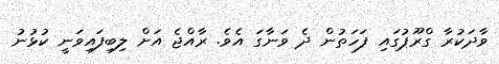
ވާދަކުރާ ގްރޫޕުގައި ފަހަތުން ދެ ވަނާގަ އެވެ. ރާއްޖެ އަށް ލިބިފައިވަނީ ކުޅުނު